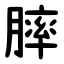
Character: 膟